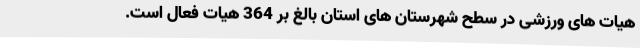
هیات های ورزشی در سطح شهرستان های استان بالغ بر 364 هیات فعال است.